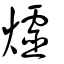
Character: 爧